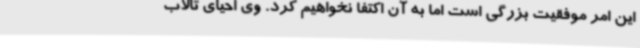
این امر موفقیت بزرگی است اما به آن اکتفا نخواهیم کرد. وی احیای تالاب